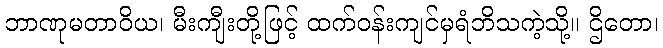
ဘာဏုမတာဝိယ၊ မီးကျီးတို့ဖြင့် ထက်ဝန်းကျင်မှရံဘိသကဲ့သို့။ ဌိတော၊